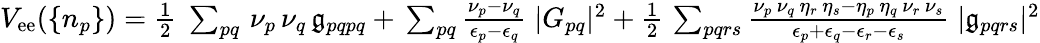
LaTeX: \begin{array}{r}{V_{\mathrm{ee}}(\{ n_{p}\} )=\frac{1}{2}\; \sum_{pq}\, \nu_{p}\, \nu_{q}\, \mathfrak{g}_{pqpq}+\, \sum_{pq}\frac{\nu_{p}-\nu_{q}}{\epsilon_{p}-\epsilon_{q}}\; |G_{pq}|^{2}+\frac{1}{2}\, \sum_{pqrs}\frac{\nu_{p}\, \nu_{q}\, \eta_{r}\, \eta_{s}-\eta_{p}\, \eta_{q}\, \nu_{r}\, \nu_{s}}{\epsilon_{p}+\epsilon_{q}-\epsilon_{r}-\epsilon_{s}}\; |\mathfrak{g}_{pqrs}|^{2}}\end{array}